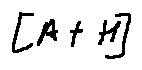
[ A + H ]